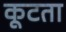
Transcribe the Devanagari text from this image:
कूटता